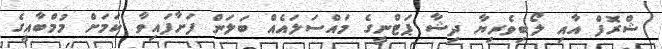
ޝްރޮފް އާއި ލޯބިވެރިޔާ ދިޝާ ޕަޓްނީގެ މައްސަލައެއް ބަލަން ފަށާފައިވާ ކަމަށް މުމްބާއީގެ